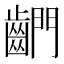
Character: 𪘶